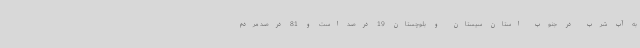
به آب شرب در جنوب استان سیستان و بلوچستان 19 درصد است و 81 درصد مردم